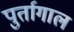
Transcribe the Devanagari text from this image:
पुर्तागाल